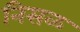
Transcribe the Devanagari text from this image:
निसळ